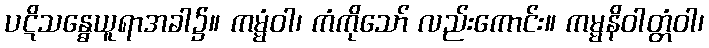
ပဋိသန္ဓေယူရာအခါ၌။ ကမ္မံဝါ၊ ကံကိုသော် လည်းကောင်း။ ကမ္မနိဝါတ္တံဝါ၊